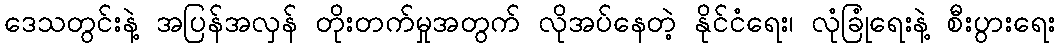
ဒေသတွင်းနဲ့ အပြန်အလှန် တိုးတက်မှုအတွက် လိုအပ်နေတဲ့ နိုင်ငံရေး၊ လုံခြုံရေးနဲ့ စီးပွားရေး